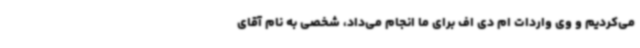
می‌کردیم و وی واردات ام دی اف برای ما انجام می‌داد، شخصی به نام آقای